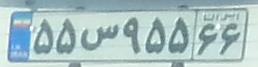
۵۵س۹۵۵۶۶